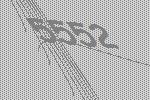
5552